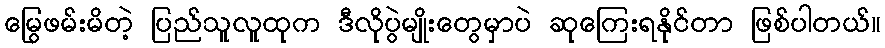
မြွေဖမ်းမိတဲ့ ပြည်သူလူထုက ဒီလိုပွဲမျိုးတွေမှာပဲ ဆုကြေးရနိုင်တာ ဖြစ်ပါတယ်။